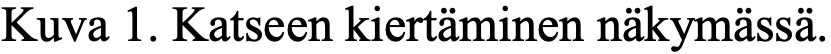
Kuva 1. Katseen kiertäminen näkymässä.